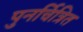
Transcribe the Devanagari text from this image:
पुनर्चित्रित